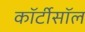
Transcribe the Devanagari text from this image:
कॉर्टीसॉल